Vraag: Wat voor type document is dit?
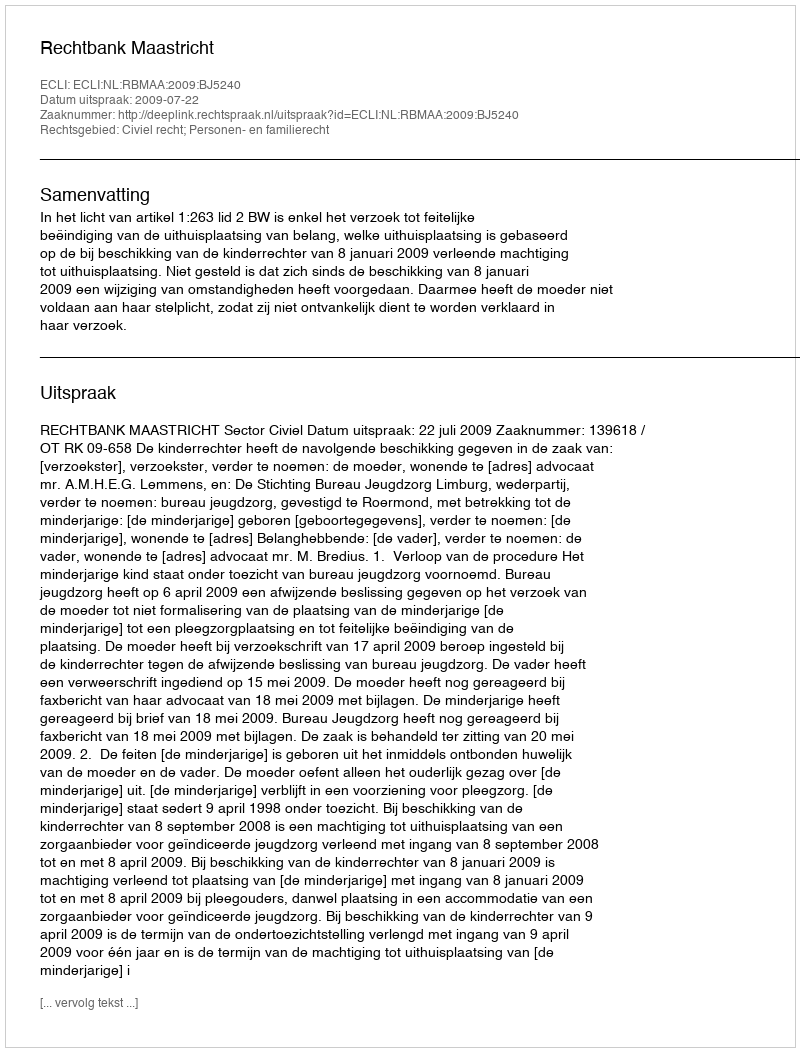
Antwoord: Uitspraak